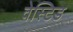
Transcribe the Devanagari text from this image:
वेस्टिड